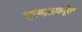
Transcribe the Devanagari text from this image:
तत्कालवृष्टि